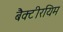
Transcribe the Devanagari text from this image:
बैक्टीरयिम